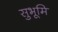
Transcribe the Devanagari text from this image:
सुभूमि